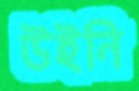
উইনি